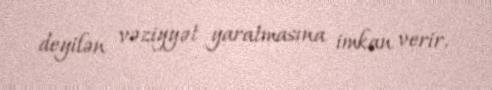
deyilən vəziyyət yaratmasına imkan verir.